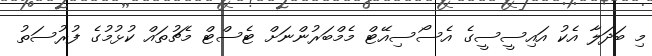
މި ބަދަލާ އެކު އައިސީސީގެ އެސޯސިއޭޓް މެމްބަރުންނަށް ޓެސްޓް މެޗުތައް ކުޅުމުގެ ފުރުސަތު